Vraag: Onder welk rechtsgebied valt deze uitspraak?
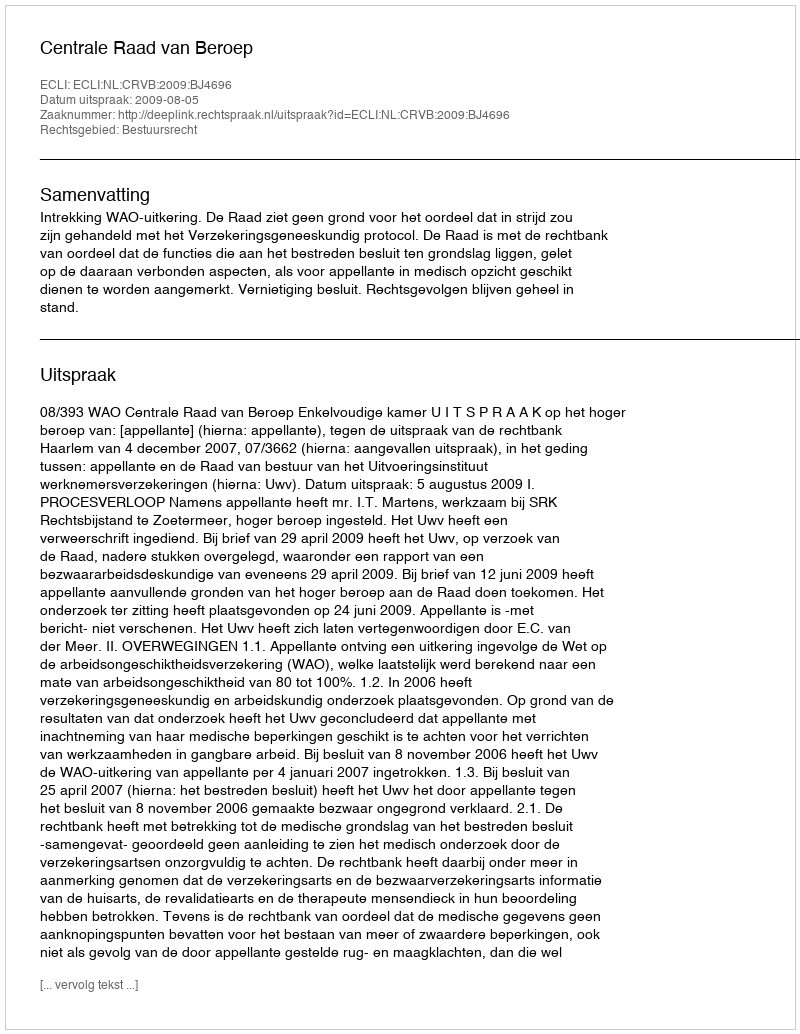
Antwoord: Bestuursrecht